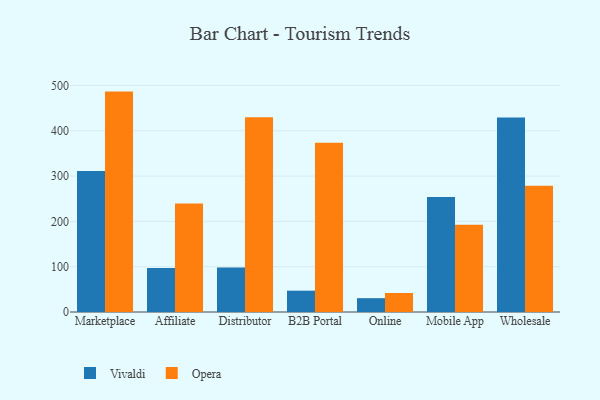
{"axis": {"x": "Channel", "y": "Waste Production (Tons)"}, "legend": ["Opera", "Vivaldi"], "data": [{"x": "Marketplace", "y": 311.1, "type": "Vivaldi"}, {"x": "Marketplace", "y": 486.4, "type": "Opera"}, {"x": "Affiliate", "y": 97.0, "type": "Vivaldi"}, {"x": "Affiliate", "y": 239.3, "type": "Opera"}, {"x": "Distributor", "y": 98.2, "type": "Vivaldi"}, {"x": "Distributor", "y": 429.8, "type": "Opera"}, {"x": "B2B Portal", "y": 47.1, "type": "Vivaldi"}, {"x": "B2B Portal", "y": 373.6, "type": "Opera"}, {"x": "Online", "y": 30.5, "type": "Vivaldi"}, {"x": "Online", "y": 41.9, "type": "Opera"}, {"x": "Mobile App", "y": 253.6, "type": "Vivaldi"}, {"x": "Mobile App", "y": 192.7, "type": "Opera"}, {"x": "Wholesale", "y": 429.4, "type": "Vivaldi"}, {"x": "Wholesale", "y": 278.7, "type": "Opera"}]}